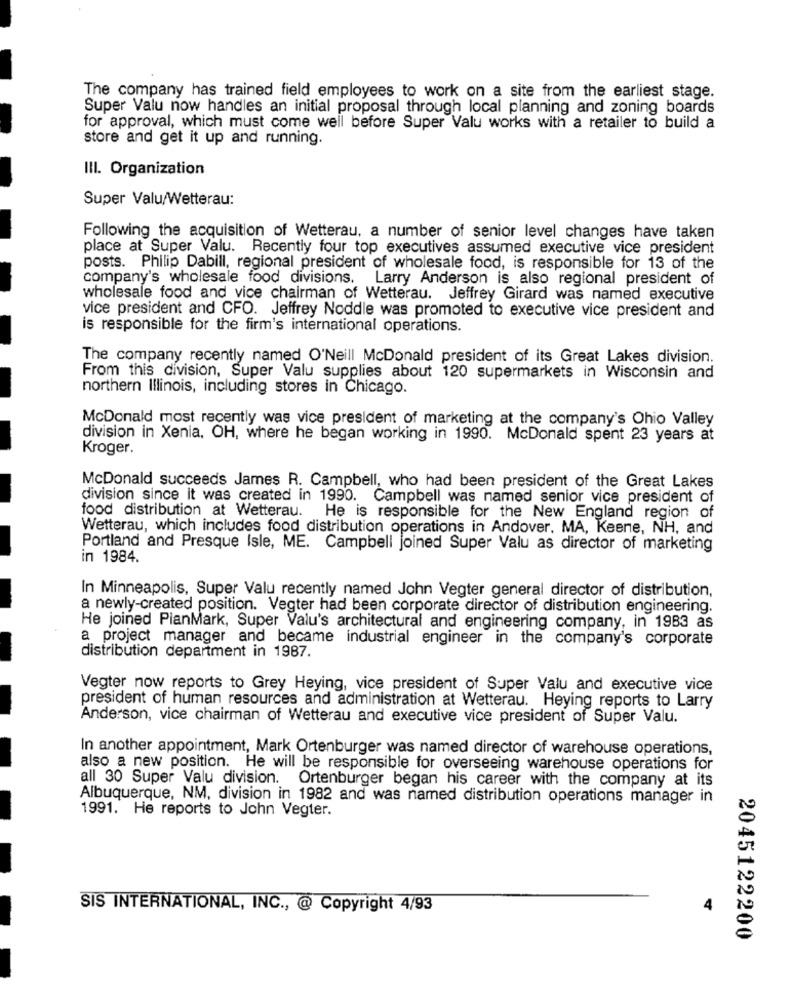
The company has trained field employees to work on a site from the earliest stage.
Super Valu now handles an initial proposal through local planning and zoning boards
for approval, which must come well before Super Valu works with a retailer to build a
store and get it up and running.
III. Organization
Super Valu/Wetterau:
Following the acquisition of Wetterau, a number of senior level changes have taken
place at Super Valu. Recently four top executives assumed executive vice president
posts. Philip Dabill, regional president of wholesale food, is responsible for 13 of the
company's wholesale food divisions. Larry Anderson is also regional president of
wholesale food and vice chairman of Wetterau. Jeffrey Girard was named executive
vice president and CFO. Jeffrey Noddle was promoted to executive vice president and
is responsible for the firm's international operations.
The company recently named O'Neill McDonald president of its Great Lakes division.
From this division, Super Valu supplies about 120 supermarkets in Wisconsin and
northern Illinois, including stores in Chicago.
McDonald most recently was vice president of marketing at the company's Ohio Valley
division in Xenia, OH, where he began working in 1990. McDonald spent 23 years at
Kroger.
McDonald succeeds James R. Campbell, who had been president of the Great Lakes
division since it was created in 1990. Campbell was named senior vice president of
food distribution at Wetterau. He is responsible for the New England region of
Wetterau, which includes food distribution operations in Andover. MA, Keene, NH, and
Portland and Presque Isle, ME. Campbell joined Super Valu as director of marketing
in 1984.
In Minneapolis, Super Valu recently named John Vegter general director of distribution,
a newly-created position. Vegter had been corporate director of distribution engineering.
He joined PianMark, Super Valu's architectural and engineering company, in 1983 as
a project manager and became industrial engineer in the company's corporate
distribution department in 1987.
Vegter now reports to Grey Heying, vice president of Super Valu and executive vice
president of human resources and administration at Wetterau. Heying reports to Larry
Anderson, vice chairman of Wetterau and executive vice president of Super Valu.
In another appointment, Mark Ortenburger was named director of warehouse operations,
also a new position. He will be responsible for overseeing warehouse operations for
all 30 Super Valu division. Ortenburger began his career with the company at its
Albuquerque, NM, division in 1982 and was named distribution operations manager in
1991. He reports to John Vegter.
SIS INTERNATIONAL, INC ., @ Copyright 4/93
4
2045122200